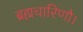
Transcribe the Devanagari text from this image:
ब्रह्मचारिणौ।